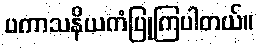
ပကာသနိယကံပြုကြပါတယ်။